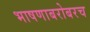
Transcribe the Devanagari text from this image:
भाषणाबरोबरच